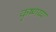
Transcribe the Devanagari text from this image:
कृष्णय्या